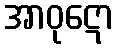
အာဝုဋော